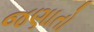
જણાતો